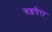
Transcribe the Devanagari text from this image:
गड़पैरा